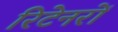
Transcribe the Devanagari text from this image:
रिटेनरों